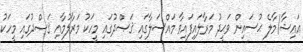
އައިޝާ/މާލެ ޙުސައިން ވަޙީދު މަރާލައިފައިވާ މައްސަލާގައި ޤަޞްދުގައި މީހަކު މަރާލުމާއި ޤަޞްދުގައި މީހަކު